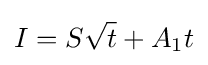
I=S{\sqrt {t}}+A_{1}t